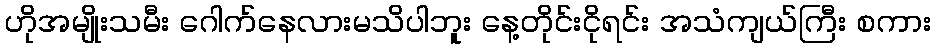
ဟိုအမျိုးသမီး ဂေါက်နေလားမသိပါဘူး နေ့တိုင်းငိုရင်း အသံကျယ်ကြီး စကား